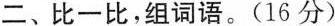
二、比一比，组词语。(16 分)